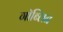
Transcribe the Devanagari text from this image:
गॉब्लिन